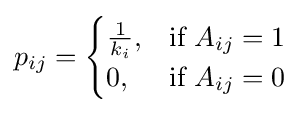
p_{ij}={\begin{cases}{\frac {1}{k_{i}}},&{\text{if }}A_{ij}=1\\0,&{\text{if }}A_{ij}=0\\\end{cases}}